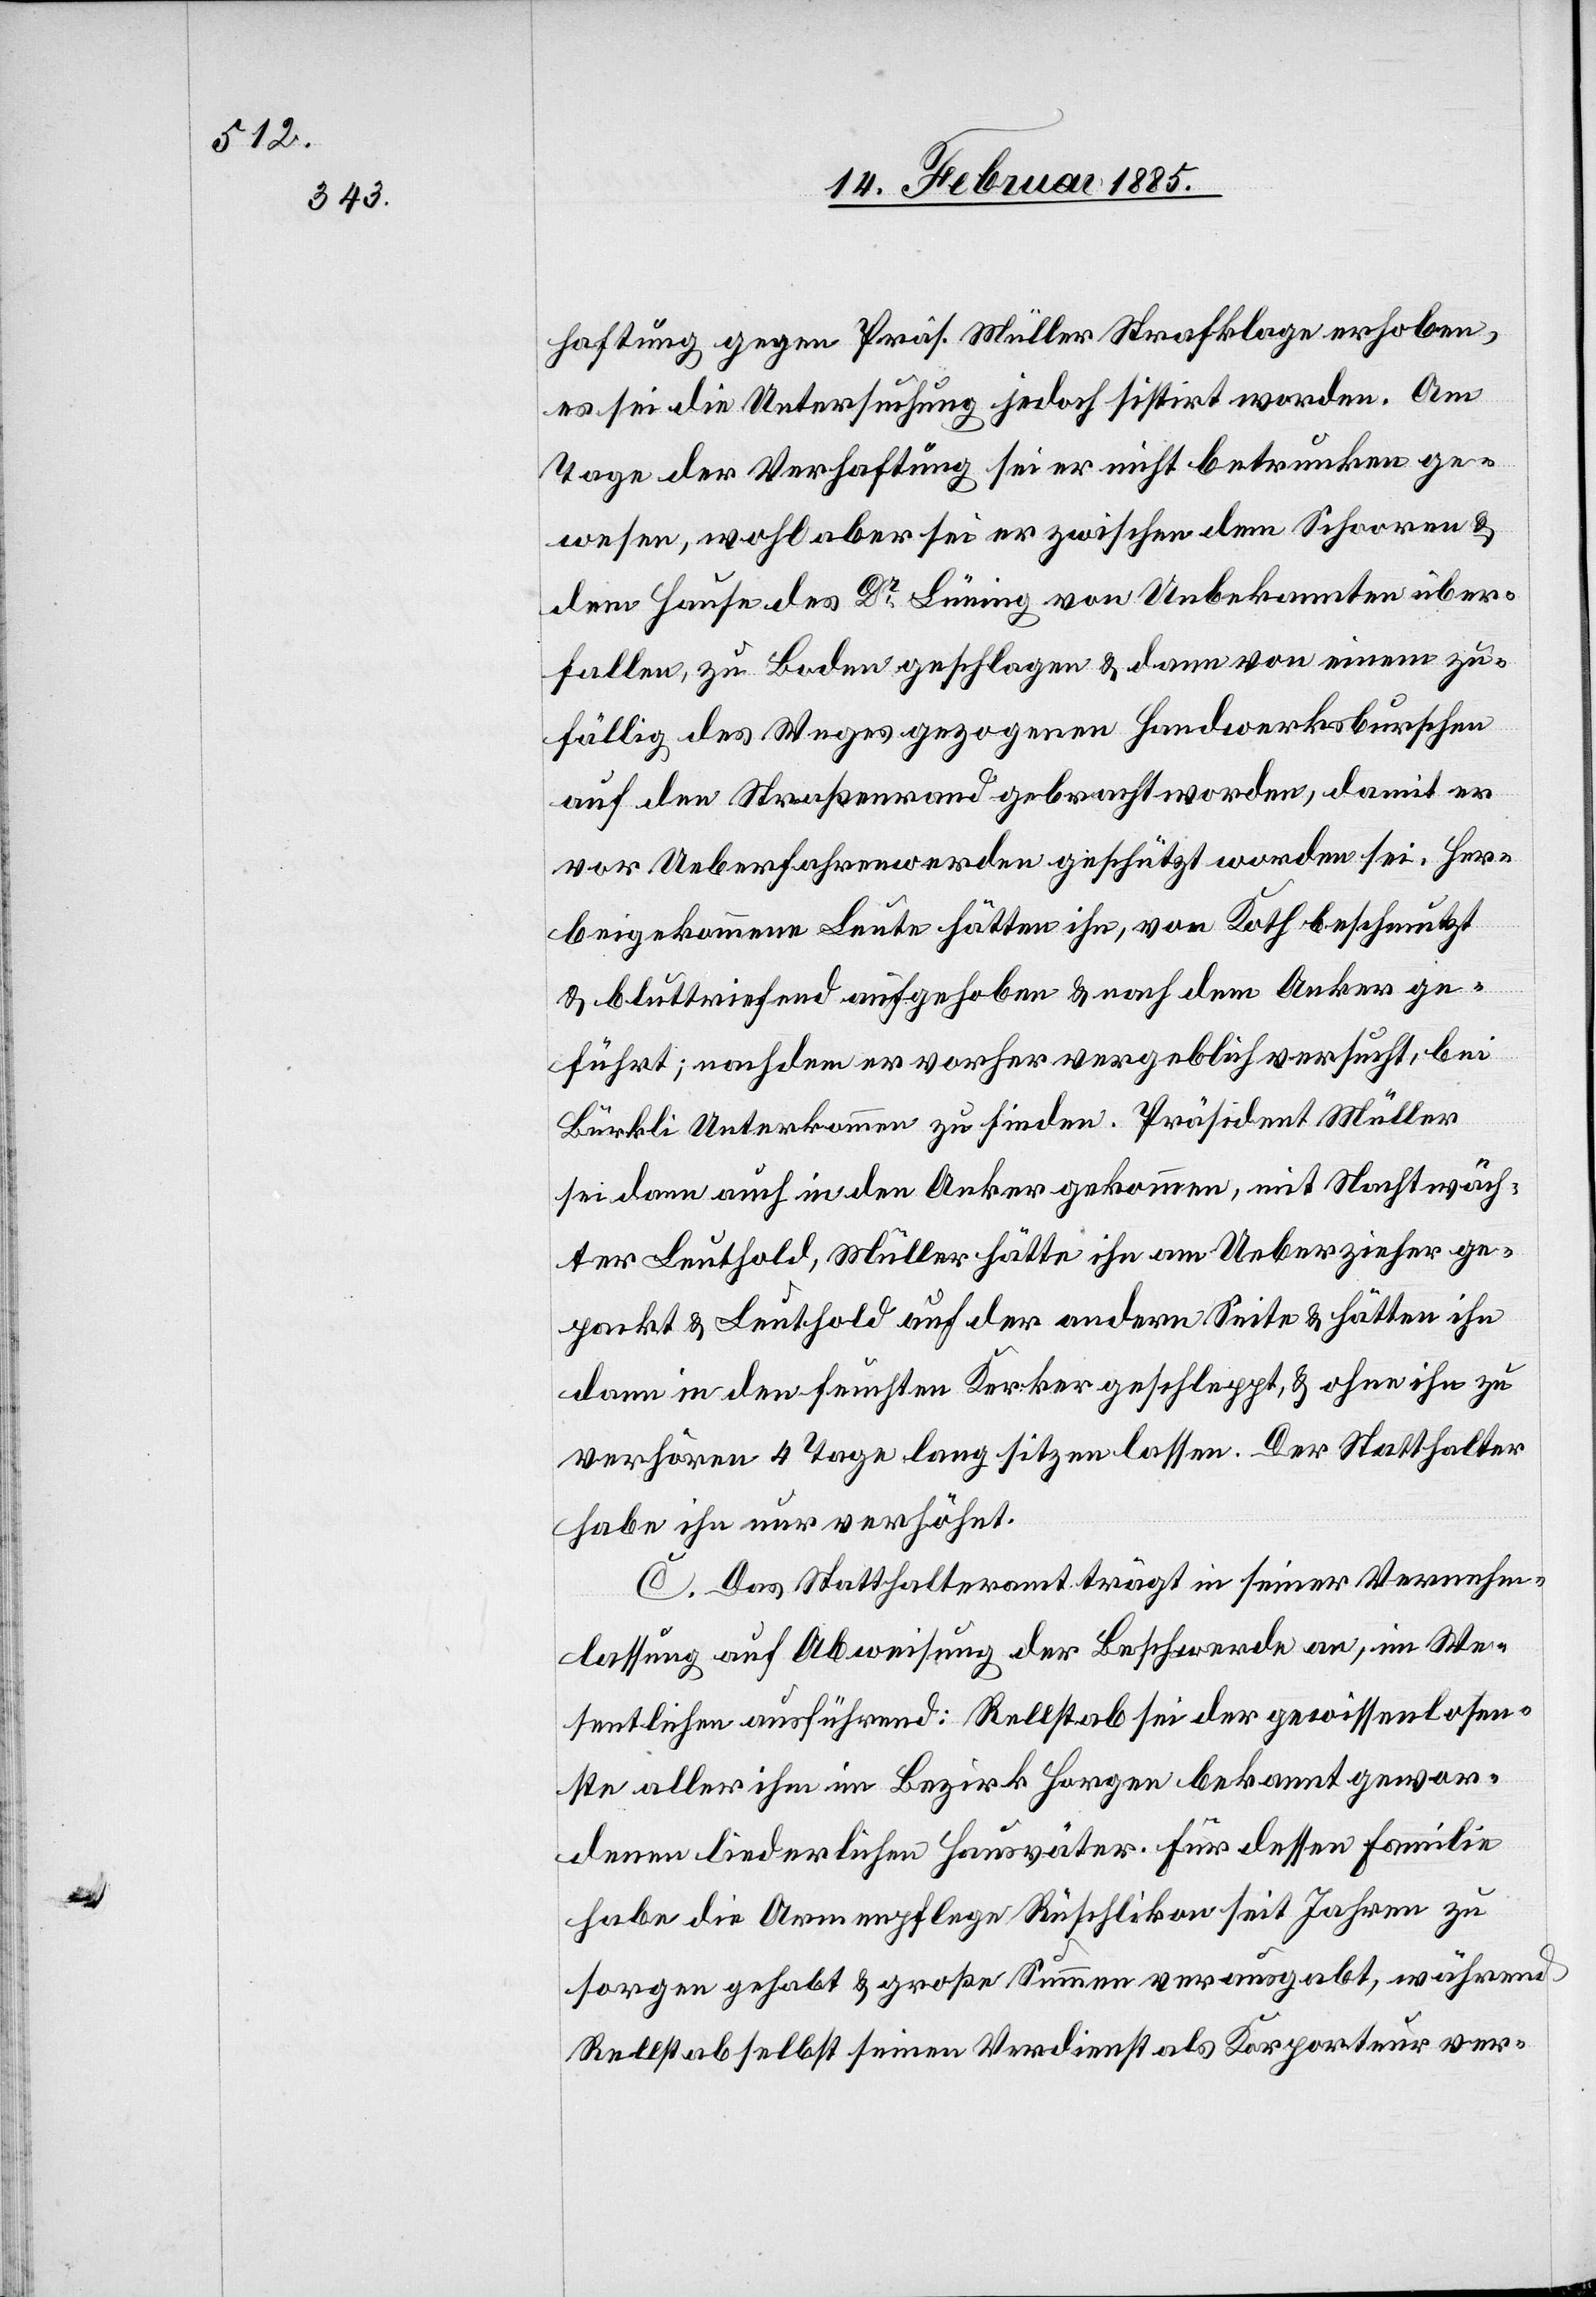
haftung gegen Präs. Müller Strafklage erhoben,
es sei die Untersuchung jedoch sistirt worden. Am
Tage der Verhaftung sei er nicht betrunken ge¬
wesen, wohl aber sei er zwischen dem Schooren &
dem Hause des Dr Brünig von Unbekannten über¬
fallen, zu Boden geschlagen & dann von einem zu¬
fällig des Weges gezogenen Handwerksburschen
auf den Straßenrand gebracht worden, damit er
vor Ueberfahrenwerden geschützt worden sei. Her¬
beigekommene Leute hätten ihn, von Koth beschmutzt
& bluttriefend aufgehoben & nach dem Anker ge¬
führt; nachdem er vorher vergeblich versucht, bei
Bürkli Unterkommen zu finden. Präsident Müller
sei dann auch in den Anker gekommen, mit Nachwäch¬
ter Leuthold, Müller hätte ihn am Ueberzieher ge¬
packt & Leuthold auf der andern Seite & hätten ihn
dann in den feuchten Kerker geschleppt, & ohne ihn zu
verhören 4 Tage lang sitzen lassen. Der Statthalter
habe ihn nur verhöhnt.
C. Das Statthalteramt trägt in seiner Vernehm¬
lassung auf Abweisung der Beschwerde an, im We¬
sentlichen ausführend: Rellstab sei der gewissenlose¬
ste aller ihm im Bezirk Horgen bekannt gewor¬
denen liederlichen Hausväter. Für dessen Familie
habe die Armenpflege Rüschlikon seit Jahren zu
sorgen gehabt & große Summen verausgabt, während
Rellstab selbst seinen Verdienst als Korporteur ver-